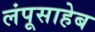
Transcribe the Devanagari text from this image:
लंपूसाहेब